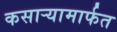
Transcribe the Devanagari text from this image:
कसार्‍यामार्फत